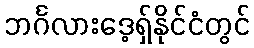
ဘင်္ဂလားဒေ့ရှ်နိုင်ငံတွင်